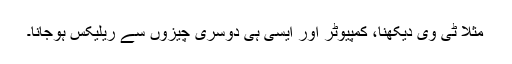
مثلاً ٹی وی دیکھنا، کمپیوٹر اور ایسی ہی دوسری چیزوں سے ریلیکس ہوجانا۔